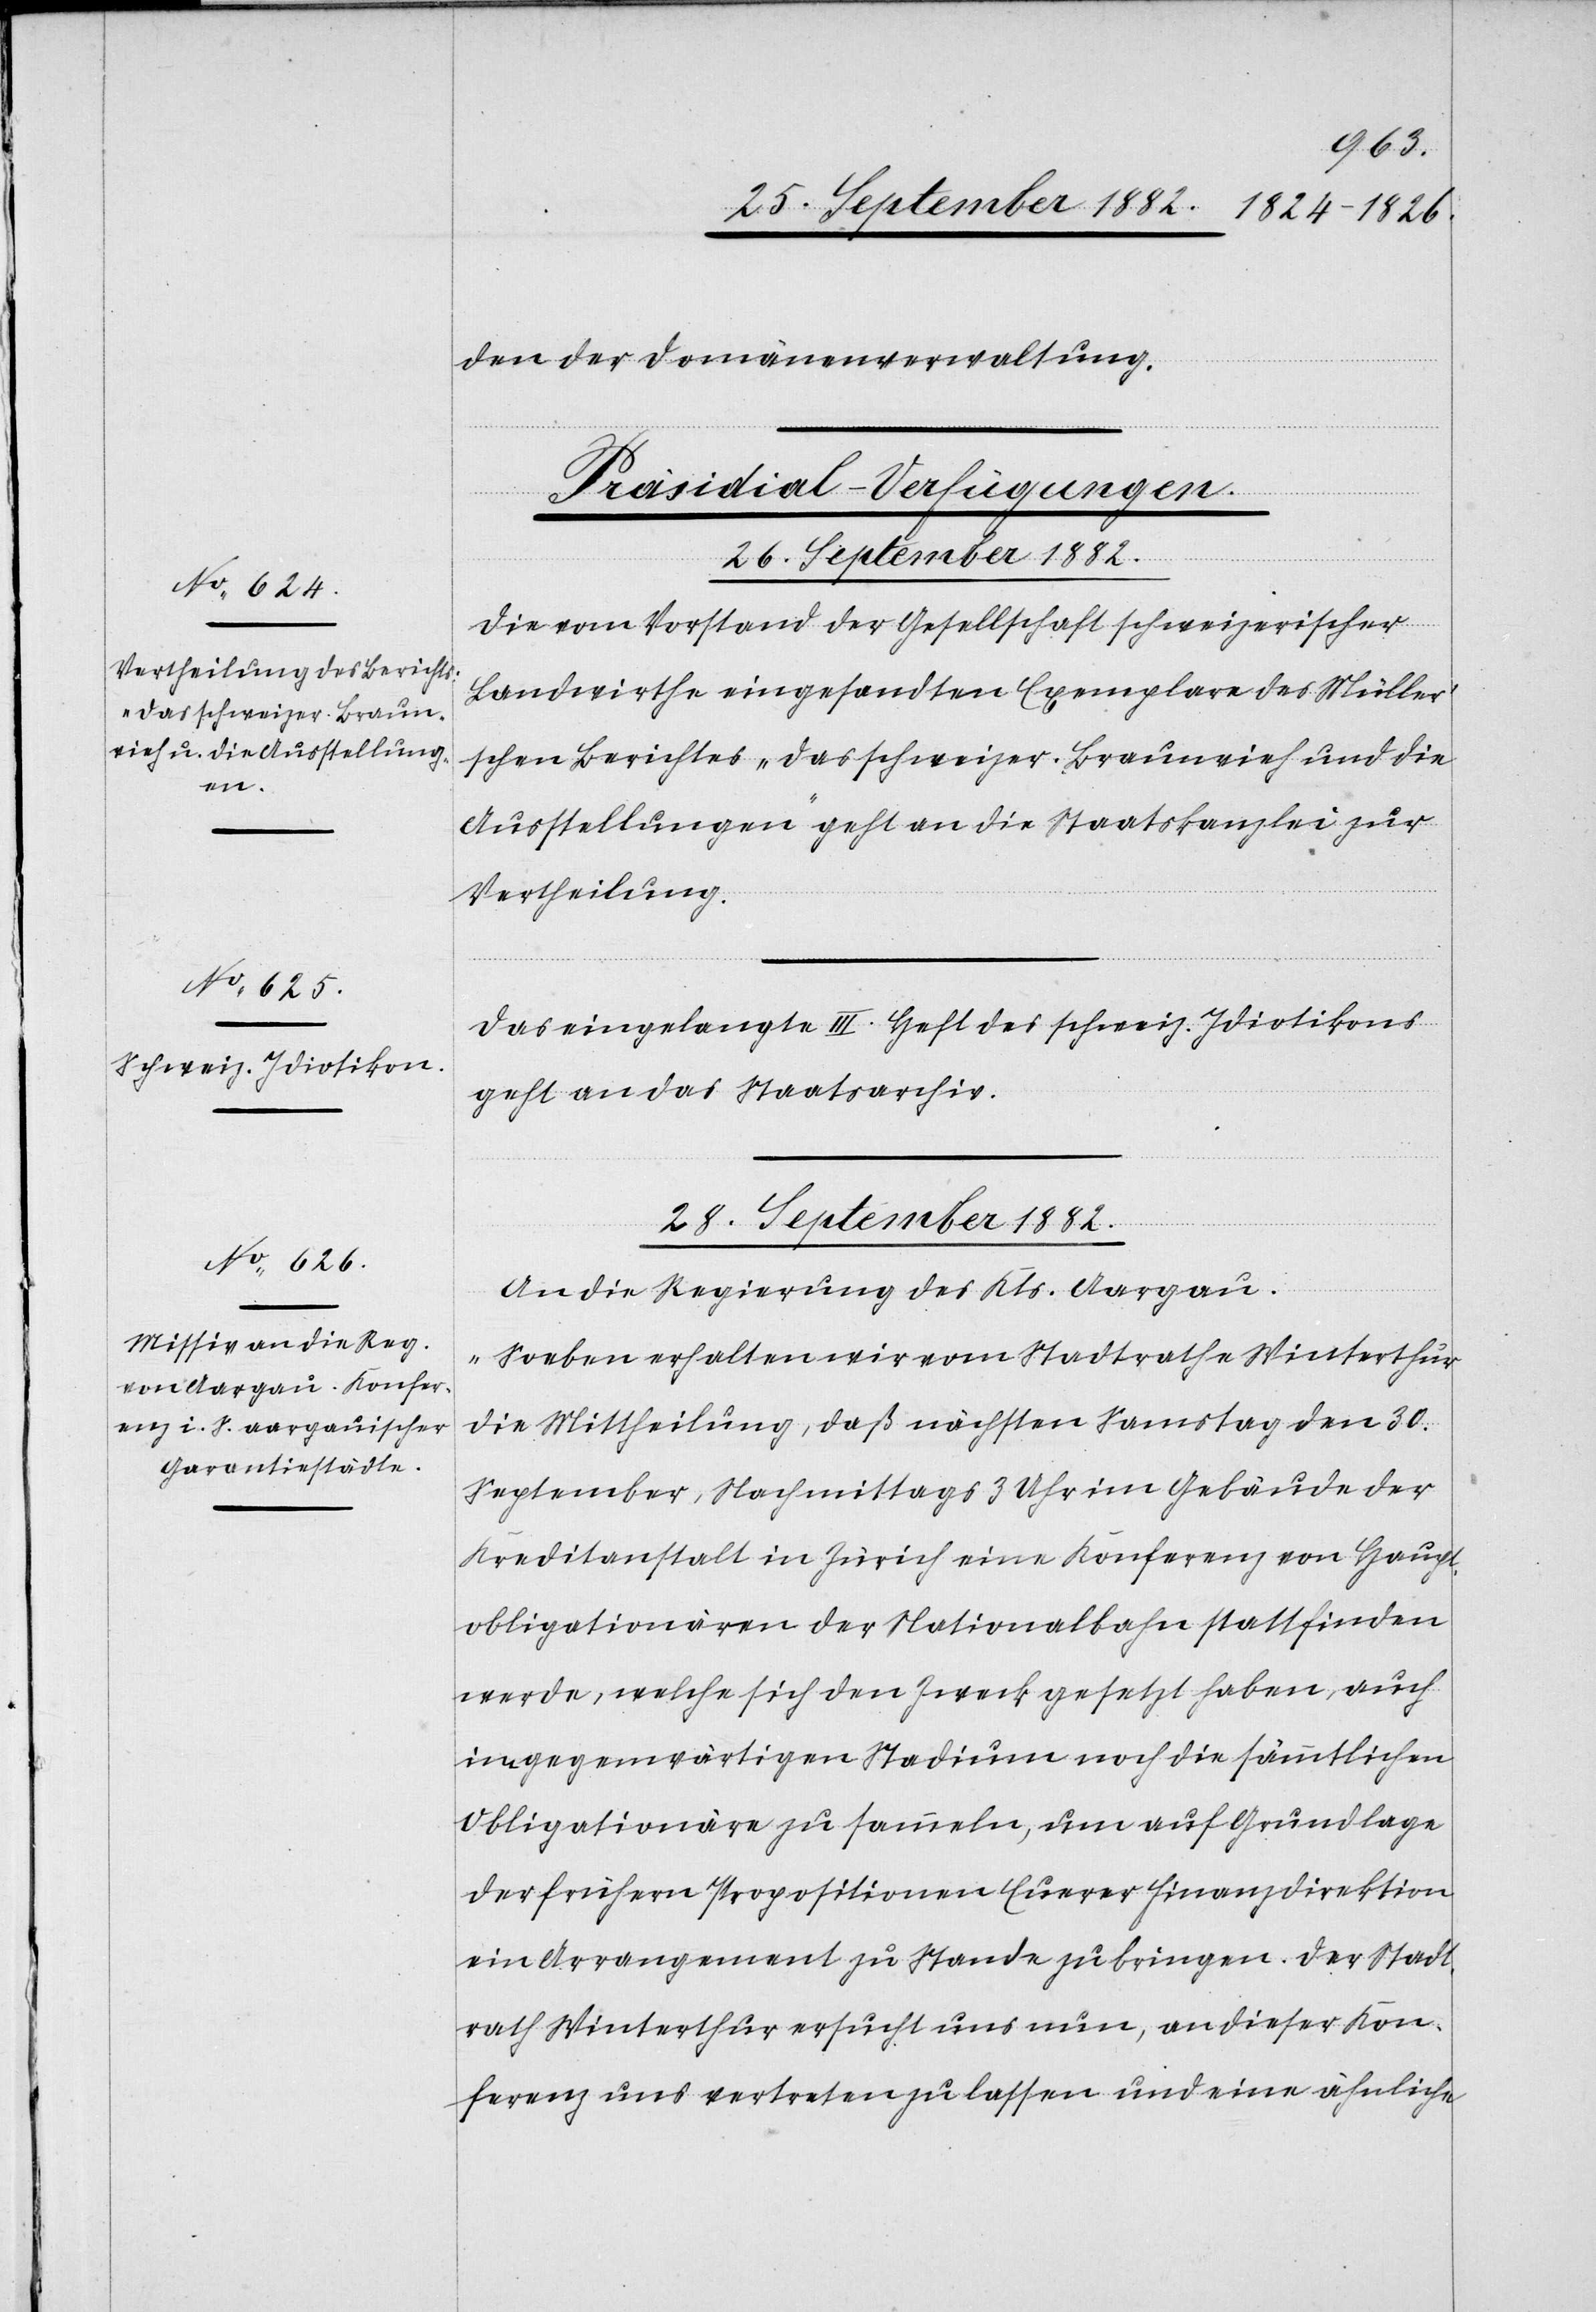
den der Domänenverwaltung.
[Präsidial-Verfügungen.]
Die vom Vorstand der Gesellschaft schweizerischer
Landwirthe eingesandten Exemplare des Müller’s¬
chen Berichtes „das schweizer. Braunvieh und die
Ausstellungen“ geht an die Staatskanzlei zur
Vertheilung.
Das eingelangte III. Heft des schweiz. Idiotikons
geht an das Staatsarchiv.
28. September 1882.
An die Regierung des Kts. Aargau.
„Soeben erhalten wir vom Stadtrathe Winterthur
die Mittheilung, das nächsten Samstag den 30.
September, Nachmittags 3 Uhr im Gebäude der
Kreditanstalt in Zürich eine Konferenz von Haupt¬
obligationären der Nationalbahn stattfinden
werde, welche sich den Zweck gesetzt haben, auch
im gegenwärtigen Stadium noch die sämmtlichen
Obligationäre zu sammeln, um auf Grundlage
der frühern Propositionen Euerer Finanzdirektion
ein Arrangement zu Stande zu bringen. Der Stadt¬
rath Winterthur ersucht uns nun, an dieser Kon¬
ferenz uns vertreten zu lassen und eine ähnliche